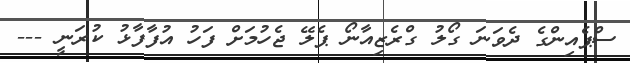
ސްޕެއިންގެ ދެވަނަ ގޯލު ގްރެޒިއާނޯ ޕެލޭ ޖެހުމަށް ފަހު އުފާފާޅު ކުރަނީ ---